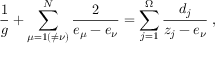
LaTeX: \frac { 1 } { g } + \sum _ { \mu = 1 ( \neq \nu ) } ^ { N } \frac { 2 } { e _ { \mu } - e _ { \nu } } = \sum _ { j = 1 } ^ { \Omega } \frac { d _ { j } } { z _ { j } - e _ { \nu } } \; ,